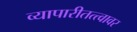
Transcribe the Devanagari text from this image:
व्यापारीतत्त्वावर